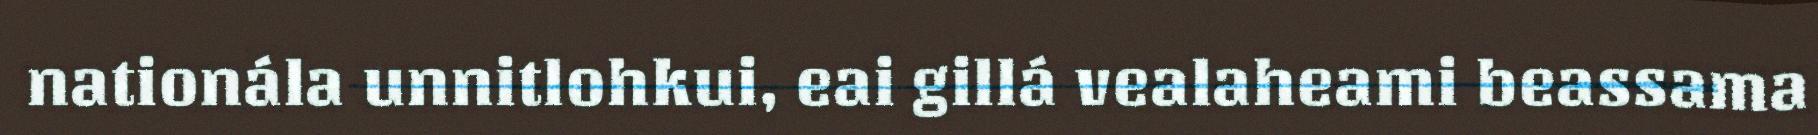
nationála unnitlohkui, eai gillá vealaheami beassama